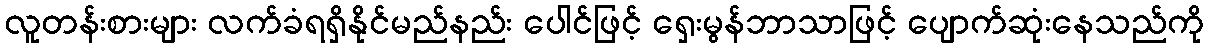
လူတန်းစားများ လက်ခံရရှိနိုင်မည်နည်း ပေါင်ဖြင့် ရှေးမွန်ဘာသာဖြင့် ပျောက်ဆုံးနေသည်ကို